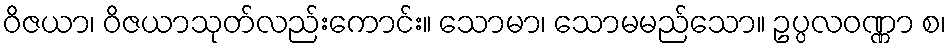
ဝိဇယာ၊ ဝိဇယာသုတ်လည်းကောင်း။ သောမာ၊ သောမမည်သော။ ဥပ္ပလဝဏ္ဏာ စ၊